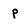
Character: p